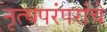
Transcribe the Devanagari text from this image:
नृत्यपरंपरांचे